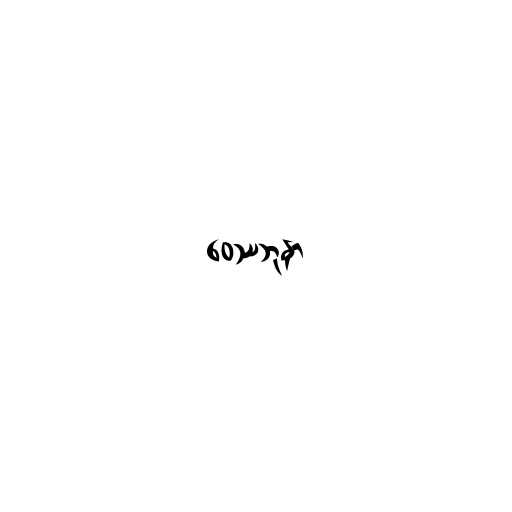
ဝေဿဘုနာ